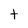
Character: t